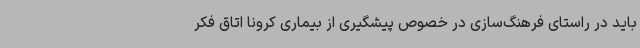
باید در راستای فرهنگ‌سازی در خصوص پیشگیری از بیماری کرونا اتاق فکر